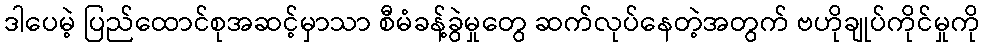
ဒါပေမဲ့ ပြည်ထောင်စုအဆင့်မှာသာ စီမံခန့်ခွဲမှုတွေ ဆက်လုပ်နေတဲ့အတွက် ဗဟိုချုပ်ကိုင်မှုကို